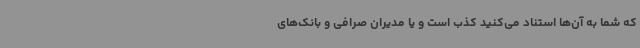
که شما به آن‌ها استناد می‌کنید کذب است و یا مدیران صرافی و بانک‌های